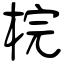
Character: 梡